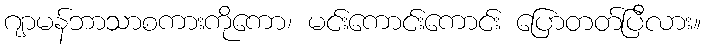
ဂျာမန်ဘာသာစကားကိုကော၊ မင်းကောင်းကောင်း ပြောတတ်ပြီလား။